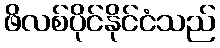
ဖိလစ်ပိုင်နိုင်ငံသည်